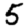
Digit: 5